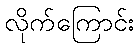
လိုက်ကြောင်း